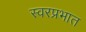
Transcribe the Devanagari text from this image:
स्वरप्रभात